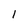
Character: l